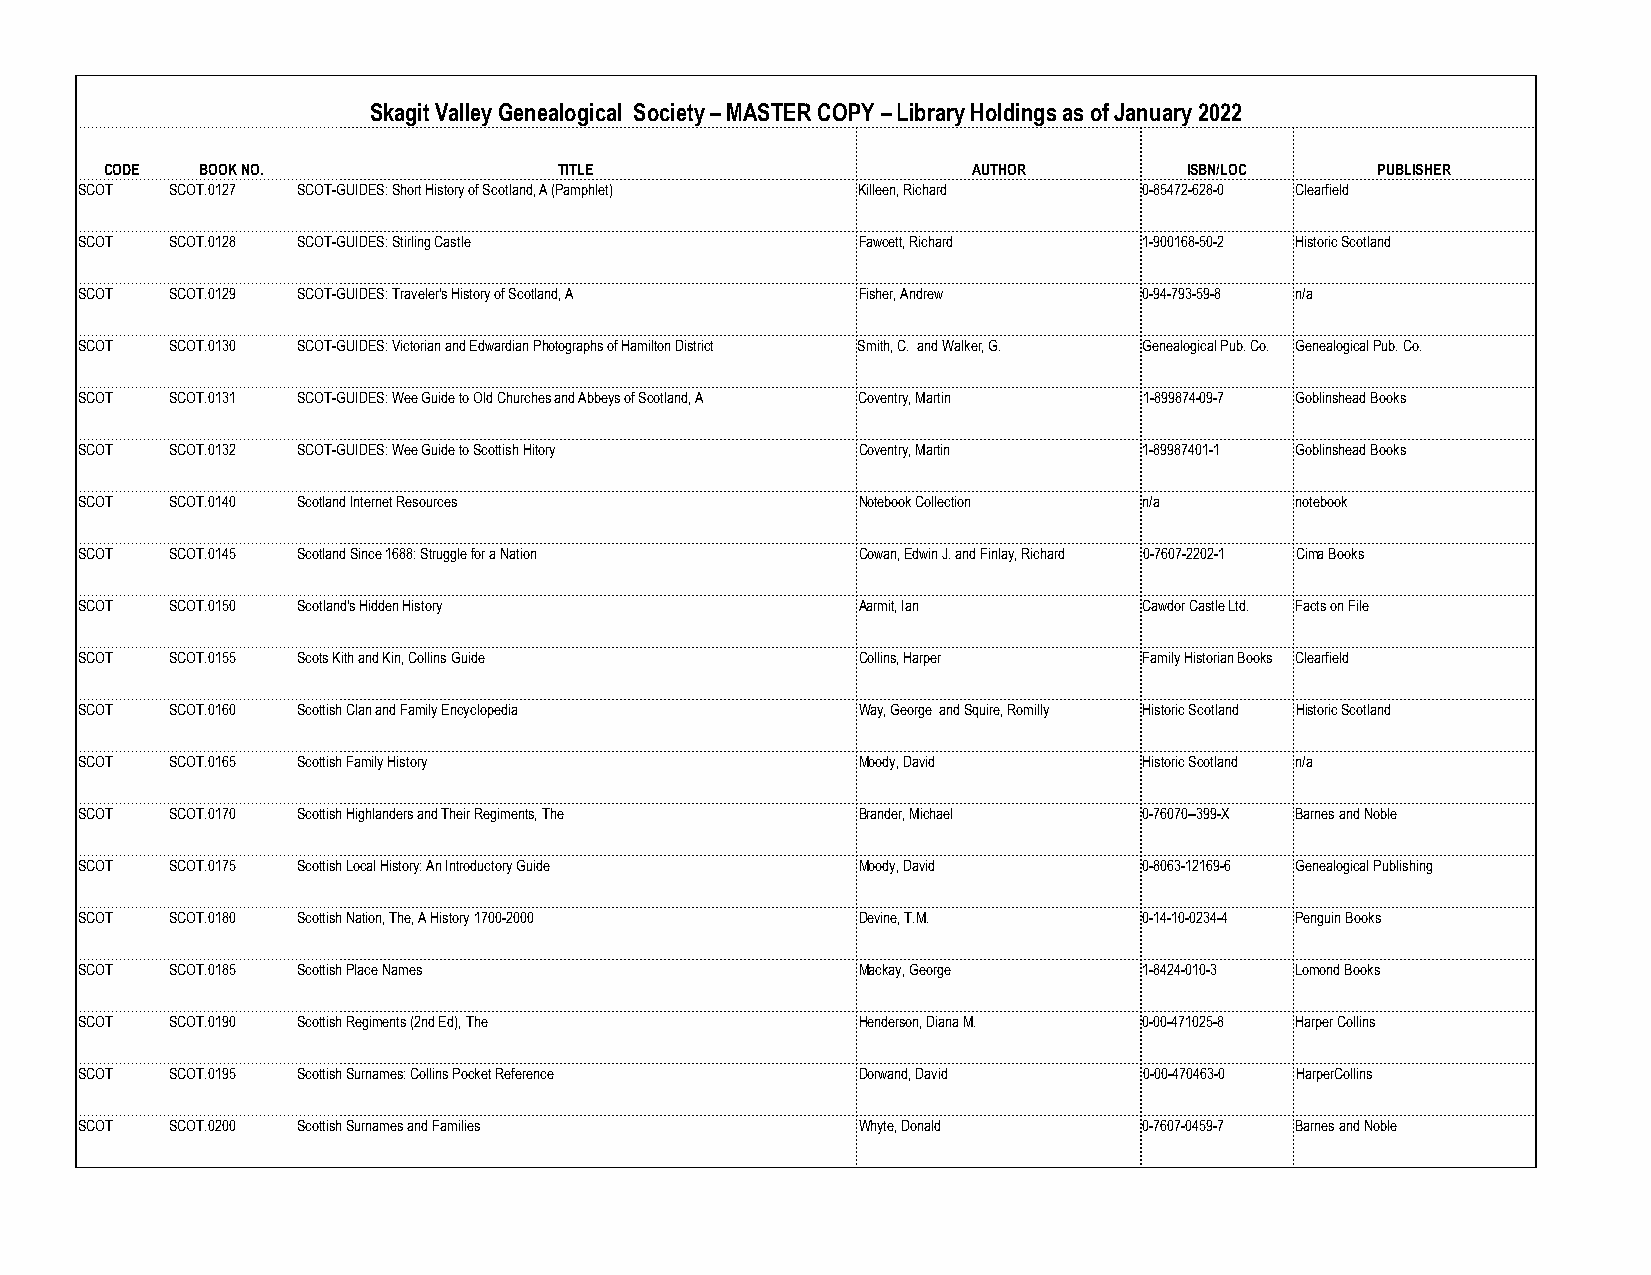
Skagit Valley Genealogical Society – MASTER COPY – Library Holdings as of January 2022
 CODE  BOOK NO.                TITLE                      AUTHOR         ISBN/LOC    PUBLISHER
 SCOT  SCOT.0127 SCOT-GUIDES: Short History of Scotland, A (Pamphlet) Killeen, Richard 0-85472-628-0 Clearfield
 SCOT  SCOT.0128 SCOT-GUIDES: Stirling Castle        Fawcett, Richard   1-900168-50-2 Historic Scotland
 SCOT  SCOT.0129 SCOT-GUIDES: Traveler's History of Scotland, A Fisher, Andrew 0-94-793-59-8 n/a
 SCOT  SCOT.0130 SCOT-GUIDES: Victorian and Edwardian Photographs of Hamilton District Smith, C. and Walker, G. Genealogical Pub. Co. Genealogical Pub. Co.
 SCOT  SCOT.0131 SCOT-GUIDES: Wee Guide to Old Churches and Abbeys of Scotland, A Coventry, Martin 1-899874-09-7 Goblinshead Books
 SCOT  SCOT.0132 SCOT-GUIDES: Wee Guide to Scottish Hitory Coventry, Martin 1-89987401-1 Goblinshead Books
 SCOT  SCOT.0140 Scotland Internet Resources         Notebook Collection n/a      notebook
 SCOT  SCOT.0145 Scotland Since 1688: Struggle for a Nation Cowan, Edwin J. and Finlay, Richard 0-7607-2202-1 Cima Books
 SCOT  SCOT.0150 Scotland's Hidden History           Aarmit, Ian        Cawdor Castle Ltd. Facts on File
 SCOT  SCOT.0155 Scots Kith and Kin, Collins Guide   Collins, Harper    Family Historian Books Clearfield
 SCOT  SCOT.0160 Scottish Clan and Family Encyclopedia Way, George and Squire, Romilly Historic Scotland Historic Scotland
 SCOT  SCOT.0165 Scottish Family History             Moody, David       Historic Scotland n/a
 SCOT  SCOT.0170 Scottish Highlanders and Their Regiments, The Brander, Michael 0-76070--399-X Barnes and Noble
 SCOT  SCOT.0175 Scottish Local History: An Introductory Guide Moody, David 0-8063-12169-6 Genealogical Publishing
 SCOT  SCOT.0180 Scottish Nation, The, A History 1700-2000 Devine, T.M. 0-14-10-0234-4 Penguin Books
 SCOT  SCOT.0185 Scottish Place Names                Mackay, George     1-8424-010-3 Lomond Books
 SCOT  SCOT.0190 Scottish Regiments (2nd Ed), The    Henderson, Diana M. 0-00-471025-8 Harper Collins
 SCOT  SCOT.0195 Scottish Surnames: Collins Pocket Reference Dorwand, David 0-00-470463-0 HarperCollins
 SCOT  SCOT.0200 Scottish Surnames and Families      Whyte, Donald      0-7607-0459-7 Barnes and Noble